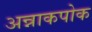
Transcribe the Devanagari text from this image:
अन्नाकपोक